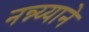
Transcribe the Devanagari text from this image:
नन्न्य्याने